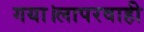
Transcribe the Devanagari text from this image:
गया।लापरवाही